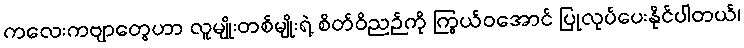
ကလေးကဗျာတွေဟာ လူမျိုးတစ်မျိုးရဲ့ စိတ်ဝိညဉ်ကို ကြွယ်ဝအောင် ပြုလုပ်ပေးနိုင်ပါတယ်၊